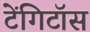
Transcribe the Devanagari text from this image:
टेंगिटॉस